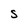
Character: S